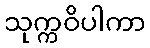
သုက္ကဝိပါကာ